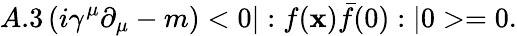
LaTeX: A.3\left(i\gamma^{\mu}\partial_{\mu}-m\right)<0|:f(\mathbf{x})\bar{{f}}(0):|0>=0.